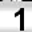
Digit: 1